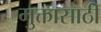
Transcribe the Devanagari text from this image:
मुक्तासाठी